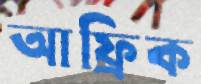
আফ্রিক